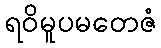
ရဝိမူပမတေဇံ